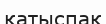
қатыспақ